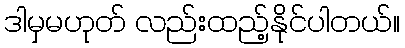
ဒါမှမဟုတ် လည်းထည့်နိုင်ပါတယ်။